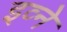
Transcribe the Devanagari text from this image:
इव्ने